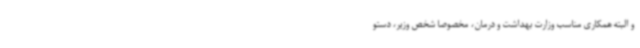
و البته همکاری مناسب وزارت بهداشت و درمان، مخصوصاً شخص وزیر، دستو